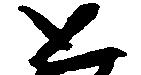
と